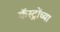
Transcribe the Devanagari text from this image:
कॅस्ट्रोंच्या